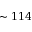
\sim 1 1 4